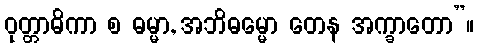
ဝုတ္တာဓိကာ စ ဓမ္မာ, အဘိဓမ္မော တေန အက္ခာတော”။